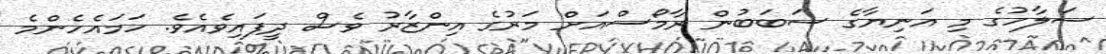
ސަލާހުގެ މި އަނިޔާގެ ސަބަބުން ރާމޯސްއަށް މަރުގެ އިންޒާރު ވެސް ދީފައިވެއެވެ. ހަމައެހެންމެ